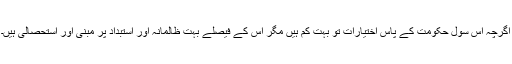
اگرچہ اس سول حکومت کے پاس اختیارات تو بہت کم ہیں مگر اس کے فیصلے بہت ظالمانہ اور استبداد پر مبنی اور استحصالی ہیں۔